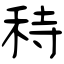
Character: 秲